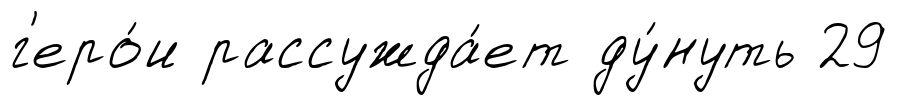
г'еро́и рассужда́ет ду́нуть 29